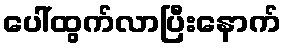
ပေါ်ထွက်လာပြီးနောက်